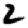
Digit: 2